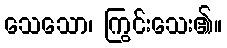
သေသော၊ ကြွင်းသေး၏။